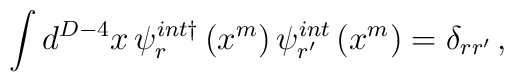
\int d^{D-4}x\,\psi _{r}^{int\dagger }\left( x^{m}\right) \psi _{r^{\prime}}^{int}\left( x^{m}\right) =\delta _{rr^{\prime }} \, ,